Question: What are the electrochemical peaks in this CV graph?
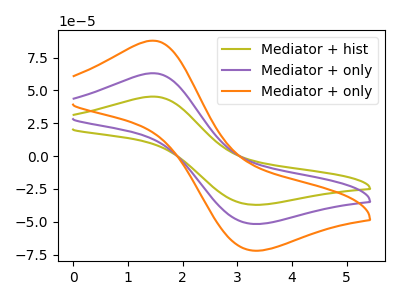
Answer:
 <answer>The olive curve "Mediator + hist" has an anodic peak at (1.45V, 45.30uA) and a cathodic peak at (3.30V, -37.10uA). The purple curve "Mediator + only" has an anodic peak at (1.45V, 63.10uA) and a cathodic peak at (3.30V, -51.70uA). The orange curve "Mediator + only" has an anodic peak at (1.45V, 126.25uA) and a cathodic peak at (3.30V, -103.40uA).</answer>
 <eval></eval>